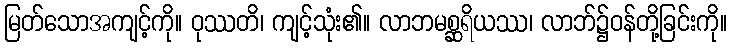
မြတ်သောအကျင့်ကို။ ဝုဿတိ၊ ကျင့်သုံး၏။ လာဘမစ္ဆရိယဿ၊ လာဘ်၌ဝန်တို့ခြင်းကို။